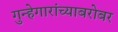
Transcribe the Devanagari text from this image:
गुन्हेगारांच्याबरोबर